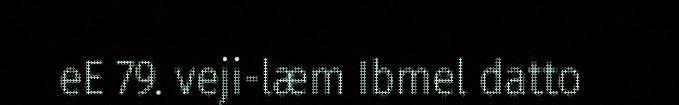
eE 79. veji-læm Ibmel datto